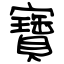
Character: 寶